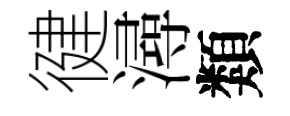
徤潯類